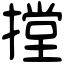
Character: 摚